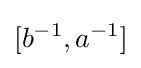
[b^{-1},a^{-1}]